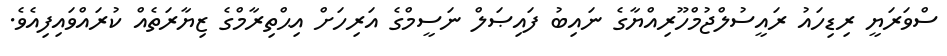
ސްވަރަޔީ ރިޑިހައު ރައީސުލްޖުމްހޫރިއްޔާގެ ނައިބު ފައިޞަލް ނަސީމްގެ އަރިހަށް އިޙްތިރާމްގެ ޒިޔާރަތެއް ކުރައްވައިފިއެވެ.